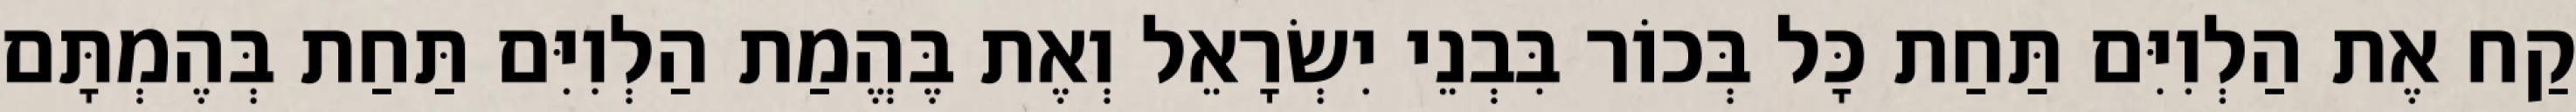
קַח אֶת הַלְוִיִּם תַּחַת כָּל בְּכוֹר בִּבְנֵי יִשְׂרָאֵל וְאֶת בֶּהֱמַת הַלְוִיִּם תַּחַת בְּהֶמְתָּם